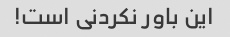
این باور نکردنی است!